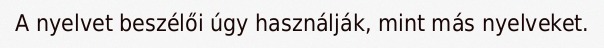
A nyelvet beszélői úgy használják, mint más nyelveket.